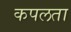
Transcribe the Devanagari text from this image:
कपलता